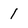
Character: 1